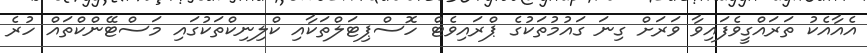
އެއާއެކު ތަރައްގީވެފައިވާ ވަރަށް ގިނަ ގައުމުތަކުގެ ޕްރައިވެޓް ހޮސްޕިޓަލްތަކާއި ކްލިނިކްތަކުގައި މަސްޓޭންކްތައް ހުރެ